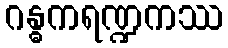
ဂန္ဓကရဏ္ဍကဿ